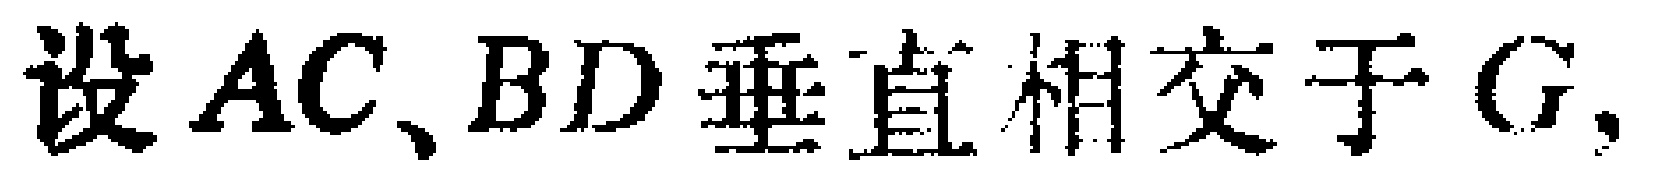
设 \(AC、BD\) 垂直相交于 \(G\)，